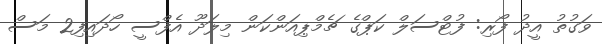
ވަގުތު އީދު ފޯރި: ފުޓްސަލް ކަޕްގެ ޗެމްޕިއަންކަން މިލަދޫ އެފްސީ ހޯދައިފި2 މަސް